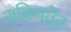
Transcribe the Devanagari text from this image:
सक्रियतेत